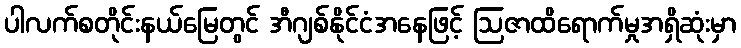
ပါလက်စတိုင်းနယ်မြေတွင် အီဂျစ်နိုင်ငံအနေဖြင့် ဩဇာထိရောက်မှုအရှိဆုံးမှာ